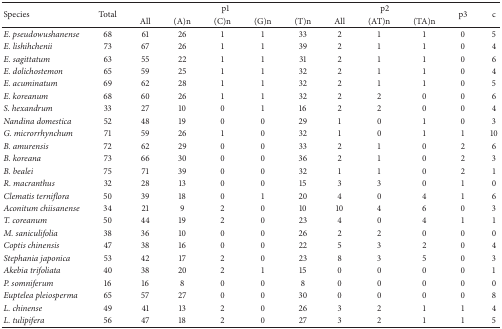
<table><thead><tr><td rowspan="2"><b>Species</b></td><td rowspan="2"><b>Total</b></td><td colspan="5"><b>p1</b></td><td colspan="3"><b>p2</b></td><td rowspan="2"><b>p3</b></td><td rowspan="2"><b>c</b></td></tr><tr><td><b>All</b></td><td><b>(A)n</b></td><td><b>(C)n</b></td><td><b>(G)n</b></td><td><b>(T)n</b></td><td><b>All</b></td><td><b>(AT)n</b></td><td><b>(TA)n</b></td></tr></thead><tbody><tr><td><i>E. pseudowushanense</i></td><td>68</td><td>61</td><td>26</td><td>1</td><td>1</td><td>33</td><td>2</td><td>1</td><td>1</td><td>0</td><td>5</td></tr><tr><td><i>E. lishihchenii</i></td><td>73</td><td>67</td><td>26</td><td>1</td><td>1</td><td>39</td><td>2</td><td>1</td><td>1</td><td>0</td><td>4</td></tr><tr><td><i>E. sagittatum</i></td><td>63</td><td>55</td><td>22</td><td>1</td><td>1</td><td>31</td><td>2</td><td>1</td><td>1</td><td>0</td><td>6</td></tr><tr><td><i>E. dolichostemon</i></td><td>65</td><td>59</td><td>25</td><td>1</td><td>1</td><td>32</td><td>2</td><td>1</td><td>1</td><td>0</td><td>4</td></tr><tr><td><i>E. acuminatum</i></td><td>69</td><td>62</td><td>28</td><td>1</td><td>1</td><td>32</td><td>2</td><td>1</td><td>1</td><td>0</td><td>5</td></tr><tr><td><i>E. koreanum</i></td><td>68</td><td>60</td><td>26</td><td>1</td><td>1</td><td>32</td><td>2</td><td>2</td><td>0</td><td>0</td><td>6</td></tr><tr><td><i>S. hexandrum</i></td><td>33</td><td>27</td><td>10</td><td>0</td><td>1</td><td>16</td><td>2</td><td>2</td><td>0</td><td>0</td><td>4</td></tr><tr><td><i>Nandina domestica</i></td><td>52</td><td>48</td><td>19</td><td>0</td><td>0</td><td>29</td><td>1</td><td>0</td><td>1</td><td>0</td><td>3</td></tr><tr><td><i>G. microrrhynchum</i></td><td>71</td><td>59</td><td>26</td><td>1</td><td>0</td><td>32</td><td>1</td><td>0</td><td>1</td><td>1</td><td>10</td></tr><tr><td><i>B. amurensis</i></td><td>72</td><td>62</td><td>29</td><td>0</td><td>0</td><td>33</td><td>2</td><td>1</td><td>0</td><td>2</td><td>6</td></tr><tr><td><i>B. koreana</i></td><td>73</td><td>66</td><td>30</td><td>0</td><td>0</td><td>36</td><td>2</td><td>1</td><td>0</td><td>2</td><td>3</td></tr><tr><td><i>B. bealei</i></td><td>75</td><td>71</td><td>39</td><td>0</td><td>0</td><td>32</td><td>1</td><td>1</td><td>0</td><td>2</td><td>1</td></tr><tr><td><i>R. macranthus</i></td><td>32</td><td>28</td><td>13</td><td>0</td><td>0</td><td>15</td><td>3</td><td>3</td><td>0</td><td>1</td><td>0</td></tr><tr><td><i>Clematis terniflora</i></td><td>50</td><td>39</td><td>18</td><td>0</td><td>1</td><td>20</td><td>4</td><td>0</td><td>4</td><td>1</td><td>6</td></tr><tr><td><i>Aconitum chiisanense</i></td><td>34</td><td>21</td><td>9</td><td>2</td><td>0</td><td>10</td><td>10</td><td>4</td><td>6</td><td>0</td><td>3</td></tr><tr><td><i>T. coreanum</i></td><td>50</td><td>44</td><td>19</td><td>2</td><td>0</td><td>23</td><td>4</td><td>0</td><td>4</td><td>1</td><td>1</td></tr><tr><td><i>M. saniculifolia</i></td><td>38</td><td>36</td><td>10</td><td>0</td><td>0</td><td>26</td><td>2</td><td>2</td><td>0</td><td>0</td><td>0</td></tr><tr><td><i>Coptis chinensis</i></td><td>47</td><td>38</td><td>16</td><td>0</td><td>0</td><td>22</td><td>5</td><td>3</td><td>2</td><td>0</td><td>4</td></tr><tr><td><i>Stephania japonica</i></td><td>53</td><td>42</td><td>17</td><td>2</td><td>0</td><td>23</td><td>8</td><td>3</td><td>5</td><td>0</td><td>3</td></tr><tr><td><i>Akebia trifoliata</i></td><td>40</td><td>38</td><td>20</td><td>2</td><td>1</td><td>15</td><td>0</td><td>0</td><td>0</td><td>0</td><td>1</td></tr><tr><td><i>P. somniferum</i></td><td>16</td><td>16</td><td>8</td><td>0</td><td>0</td><td>8</td><td>0</td><td>0</td><td>0</td><td>0</td><td>0</td></tr><tr><td><i>Euptelea pleiosperma</i></td><td>65</td><td>57</td><td>27</td><td>0</td><td>0</td><td>30</td><td>0</td><td>0</td><td>0</td><td>0</td><td>8</td></tr><tr><td><i>L. chinense</i></td><td>49</td><td>41</td><td>13</td><td>2</td><td>0</td><td>26</td><td>3</td><td>2</td><td>1</td><td>1</td><td>4</td></tr><tr><td><i>L. tulipifera</i></td><td>56</td><td>47</td><td>18</td><td>2</td><td>0</td><td>27</td><td>3</td><td>2</td><td>1</td><td>1</td><td>5</td></tr></tbody></table>